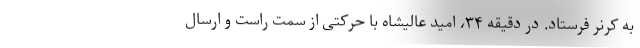
به کرنر فرستاد. در دقیقه ۳۴، امید عالیشاه با حرکتی از سمت راست و ارسال